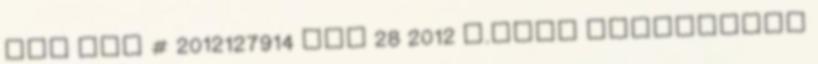
UCC Doc # 2012127914 Nov 28 2012 „.hogy valamennyi